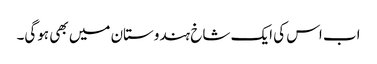
اب اس کی ایک شاخ ہندوستان میں بھی ہوگی۔